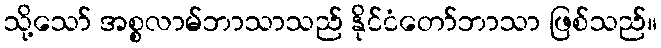
သို့သော် အစ္စလာမ်ဘာသာသည် နိုင်ငံတော်ဘာသာ ဖြစ်သည်။